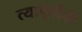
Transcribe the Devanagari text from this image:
त्यापूर्वीची